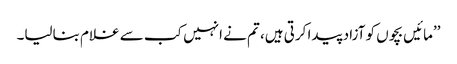
’’مائیں بچوں کو آزاد پیدا کرتی ہیں، تم نے انہیں کب سے غلام بنالیا۔